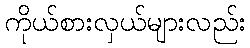
ကိုယ်စားလှယ်များလည်း